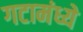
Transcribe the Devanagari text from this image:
गटामंध्ये